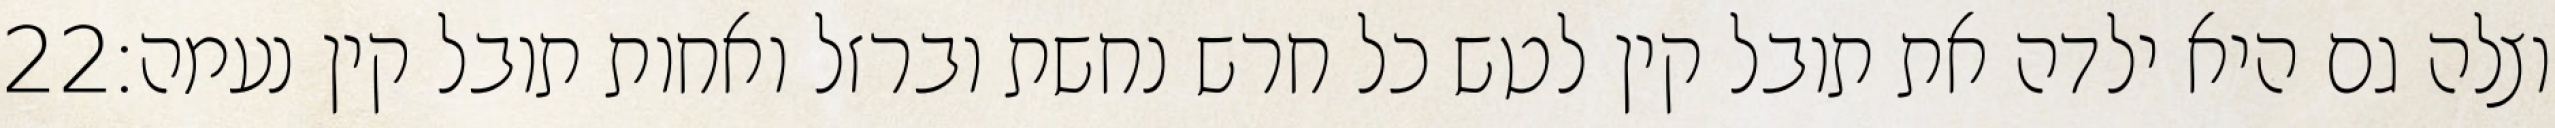
‎22‏ וצלה גם היא ילדה את תובל קין לטש כל חרש נחשת וברזל ואחות תובל קין נעמה׃